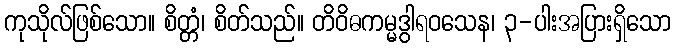
ကုသိုလ်ဖြစ်သော။ စိတ္တံ၊ စိတ်သည်။ တိဝိဓကမ္မဒွါရဝသေန၊ ၃-ပါးအပြားရှိသော